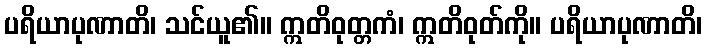
ပရိယာပုဏာတိ၊ သင်ယူ၏။ ဣတိဝုတ္တကံ၊ ဣတိဝုတ်ကို။ ပရိယာပုဏာတိ၊